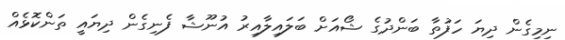
ނިމިގެން ދިޔަ ހަފުތާ ބަންދުގެ ޝޯއަށް ބަލައިލާއިރު އުނޫޝާ ފެނިގެން ދިޔައީ ތަންކޮޅެއް